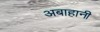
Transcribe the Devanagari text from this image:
अबाहानी